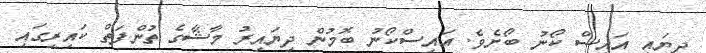
ދިޔައީ އައިސް ކޯނު ބޯށެވެ. އައިސްކޯނު ބޮމުން ދިޔައިރު މާޝާގެ ތުންފަތް ކައިރީގައި